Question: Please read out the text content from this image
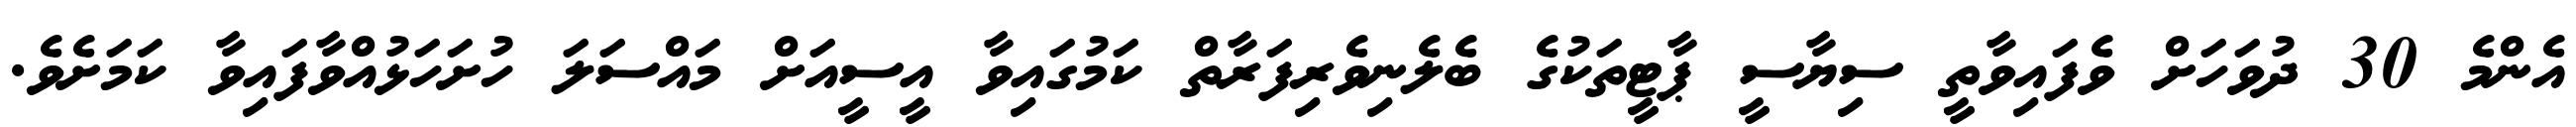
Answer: އެންމެ 30 ދުވަހަށް ވެފައިވާތީ ސިޔާސީ ޕާޓީތަކުގެ ބެލެނިވެރިފަރާތް ކަމުގައިވާ އީސީއަށް މައްސަލަ ހުށަހަޅުއްވާފައިވާ ކަމަށެވެ.